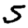
Digit: 5